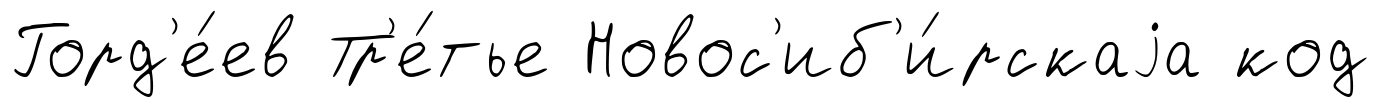
Горд'е́ев Тр'е́тье Новос'иб'и́рскаjа код